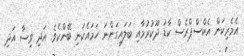
އެމެރިކަން އެކްސްޕްރެސް ކާޑު ދޫކުރުމާއި ބަލައިގަންނަ ހަމައެކަނި ބޭންކެވެ. އަދި ވިސާ އަދި